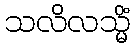
သလိလသ္မိံ